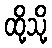
ထို့သို့